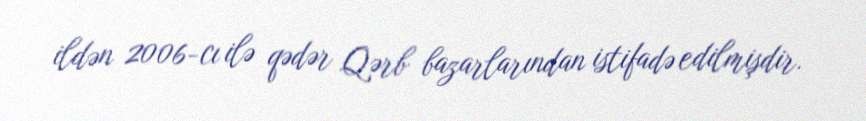
ildən 2006-cı ilə qədər Qərb bazarlarından istifadə edilmişdir.